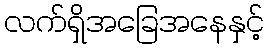
လက်ရှိအခြေအနေနှင့်